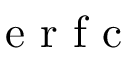
\mathrm { ~ e ~ r ~ f ~ c ~ }